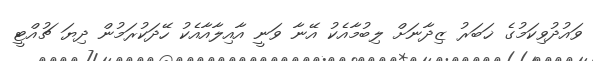
ވައުދުވިކަމުގެ ޚަބަރު ޒިދާނަށް ލިބުމާއެކު އޭނާ ވަނީ އާއިލާއާއެކު ހޭދަކުރަމުން ދިޔަ ޗުއްޓީ